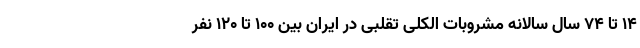
۱۴ تا ۷۴ سال سالانه مشروبات الکلی تقلبی در ایران بین ۱۰۰ تا ۱۲۰ نفر